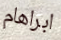
ابراهام